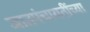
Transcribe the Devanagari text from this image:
जातपंचायतींच्या